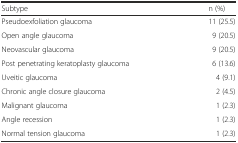
<table><thead><tr><td><b>Subtype</b></td><td><b>n (%)</b></td></tr></thead><tbody><tr><td>Pseudoexfoliation glaucoma</td><td>11 (25.5)</td></tr><tr><td>Open angle glaucoma</td><td>9 (20.5)</td></tr><tr><td>Neovascular glaucoma</td><td>9 (20.5)</td></tr><tr><td>Post penetrating keratoplasty glaucoma</td><td>6 (13.6)</td></tr><tr><td>Uveitic glaucoma</td><td>4 (9.1)</td></tr><tr><td>Chronic angle closure glaucoma</td><td>2 (4.5)</td></tr><tr><td>Malignant glaucoma</td><td>1 (2.3)</td></tr><tr><td>Angle recession</td><td>1 (2.3)</td></tr><tr><td>Normal tension glaucoma</td><td>1 (2.3)</td></tr></tbody></table>